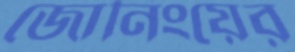
জোনিংয়ের